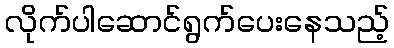
လိုက်ပါဆောင်ရွက်ပေးနေသည့်